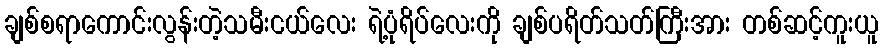
ချစ်စရာကောင်းလွန်းတဲ့သမီးငယ်လေး ရဲ့ပုံရိပ်လေးကို ချစ်ပရိတ်သတ်ကြီးအား တစ်ဆင့်ကူးယူ